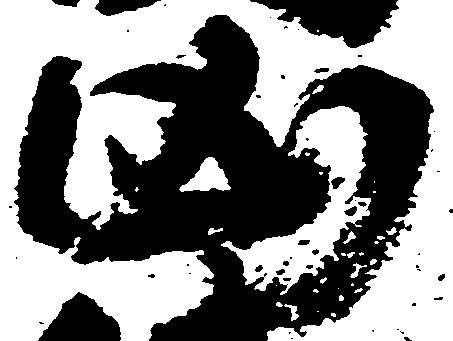
凶